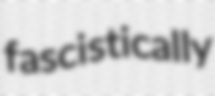
fascistically